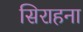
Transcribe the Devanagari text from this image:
सिराहना